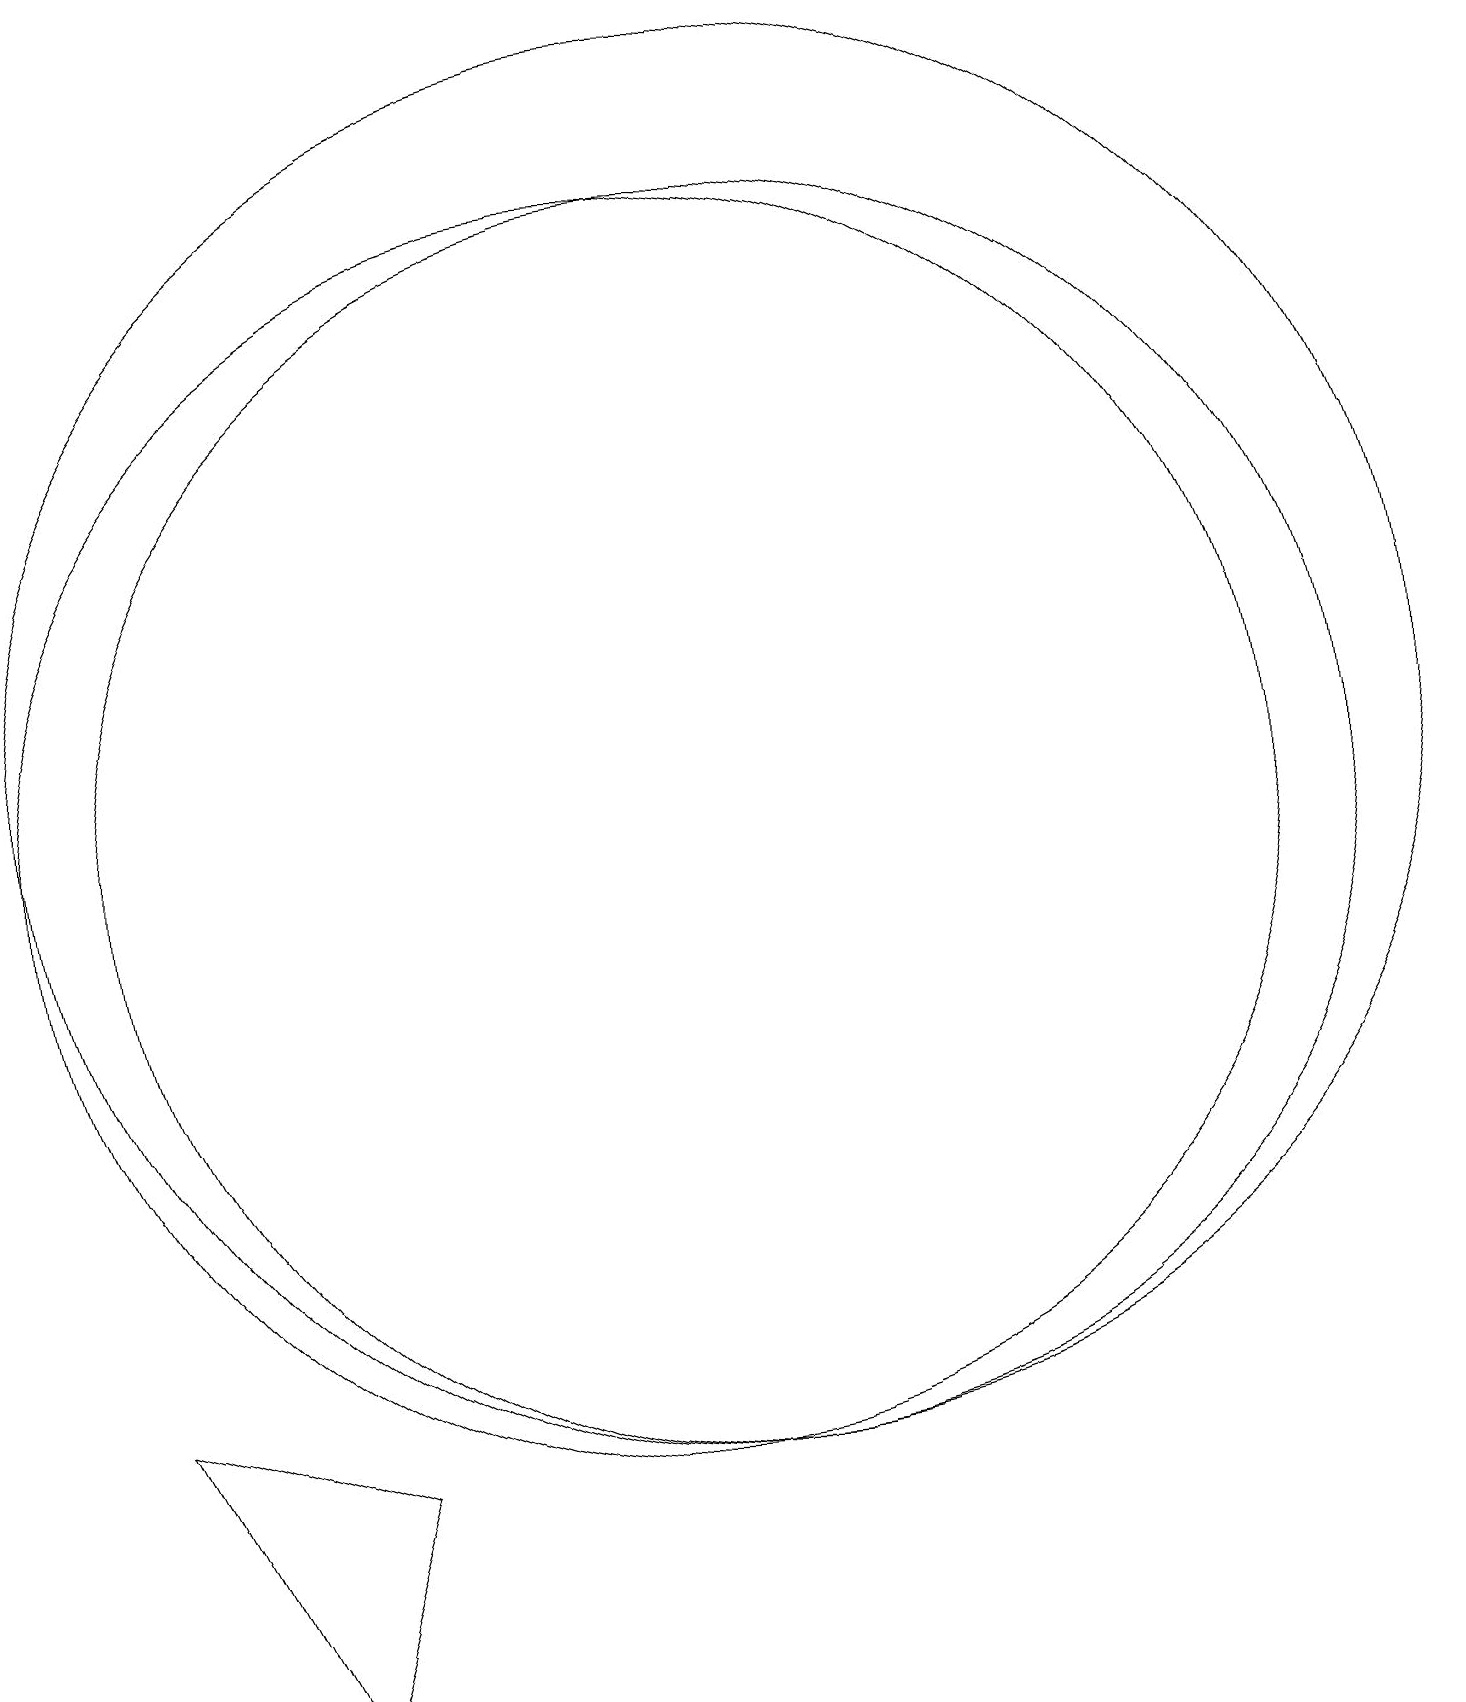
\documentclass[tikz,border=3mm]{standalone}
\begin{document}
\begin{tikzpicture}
\draw (10,11) circle (8);
\draw (6,3) -- (5,0) -- (3,4) -- cycle;
\draw (11,11) circle (8);
\draw (11,12) circle (9);
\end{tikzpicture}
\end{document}